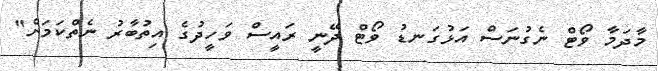
މާދަމާ ވޯޓް ނެގުނަސް އަޅުގަނޑު ވޯޓް ދޭނީ ރައީސް ވަހީދުގެ އިތުބާރު ނެތްކަމަށް"